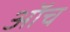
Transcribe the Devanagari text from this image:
ऑच